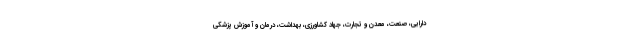
دارایی، صنعت، معدن و تجارت، جهاد کشاورزی، بهداشت، درمان و آموزش پزشکی